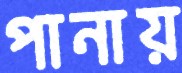
পানায়